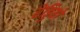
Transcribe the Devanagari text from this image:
रेड्डियों